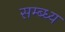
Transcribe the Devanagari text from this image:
सम्ब्ध्य